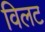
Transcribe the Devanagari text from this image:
विलट